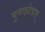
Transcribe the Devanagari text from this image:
युनाइटेडश्